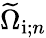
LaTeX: \widetilde{\Omega}_{\mathrm{i};n}